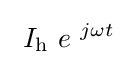
\ I_{\mathrm {h} }\ e^{\ j\omega t}\